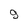
Character: 9